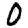
Digit: 0